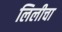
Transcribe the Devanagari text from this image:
लिलीचा